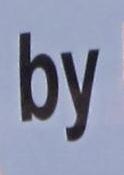
by